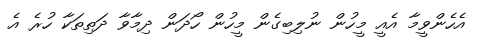
އެހެންވީމާ އެއީ މީހުން ނުލިބިގެން މީހުން ހޯދަން ދިމާވާ ދަތިތަކާ ހުރެ އެ